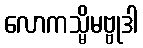
လောကသ္မိမဗ္ဗုဒါ